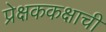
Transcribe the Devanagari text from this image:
प्रेक्षककक्षाची